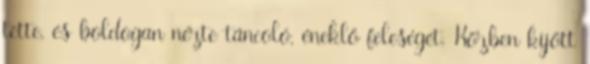
tette, és boldogan nézte táncoló, éneklő feleségét. Közben kijött